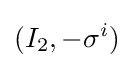
(I_{2},-\sigma ^{i})